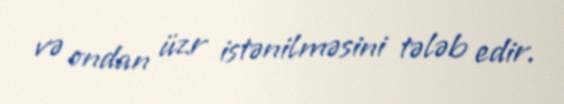
və ondan üzr istənilməsini tələb edir.